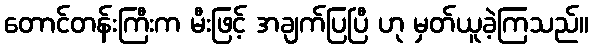
တောင်တန်းကြီးက မီးဖြင့် အချက်ပြပြီ ဟု မှတ်ယူခဲ့ကြသည်။